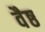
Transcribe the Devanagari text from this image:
वैष्ठ